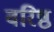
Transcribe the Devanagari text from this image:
वरिष्ठ